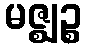
မဇ္ဈဉ္စ